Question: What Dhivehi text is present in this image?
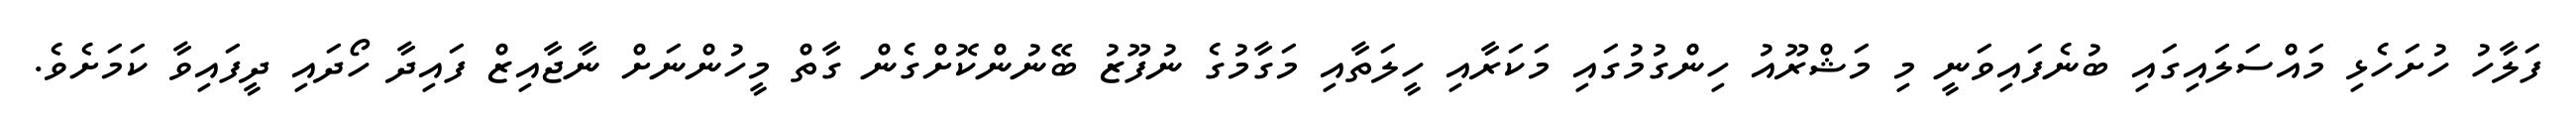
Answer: ފަލާހު ހުށަހެޅި މައްސަލައިގައި ބުނެފައިވަނީ މި މަޝްރޫއު ހިންގުމުގައި މަކަރާއި ހީލަތާއި މަގާމުގެ ނުފޫޒު ބޭނުންކޮށްގެން ގާތް މީހުންނަށް ނާޖާއިޒް ފައިދާ ހޯދައި ދީފައިވާ ކަމަށެވެ.